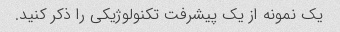
یک نمونه از یک پیشرفت تکنولوژیکی را ذکر کنید.